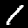
Label: 1